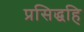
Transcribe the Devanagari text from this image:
प्रसिद्धहि